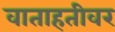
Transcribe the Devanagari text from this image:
वाताहतीवर